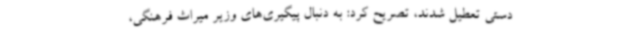
دستی تعطیل شدند، تصریح کرد: به دنبال پیگیری‌های وزیر میراث فرهنگی،